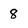
Character: 8